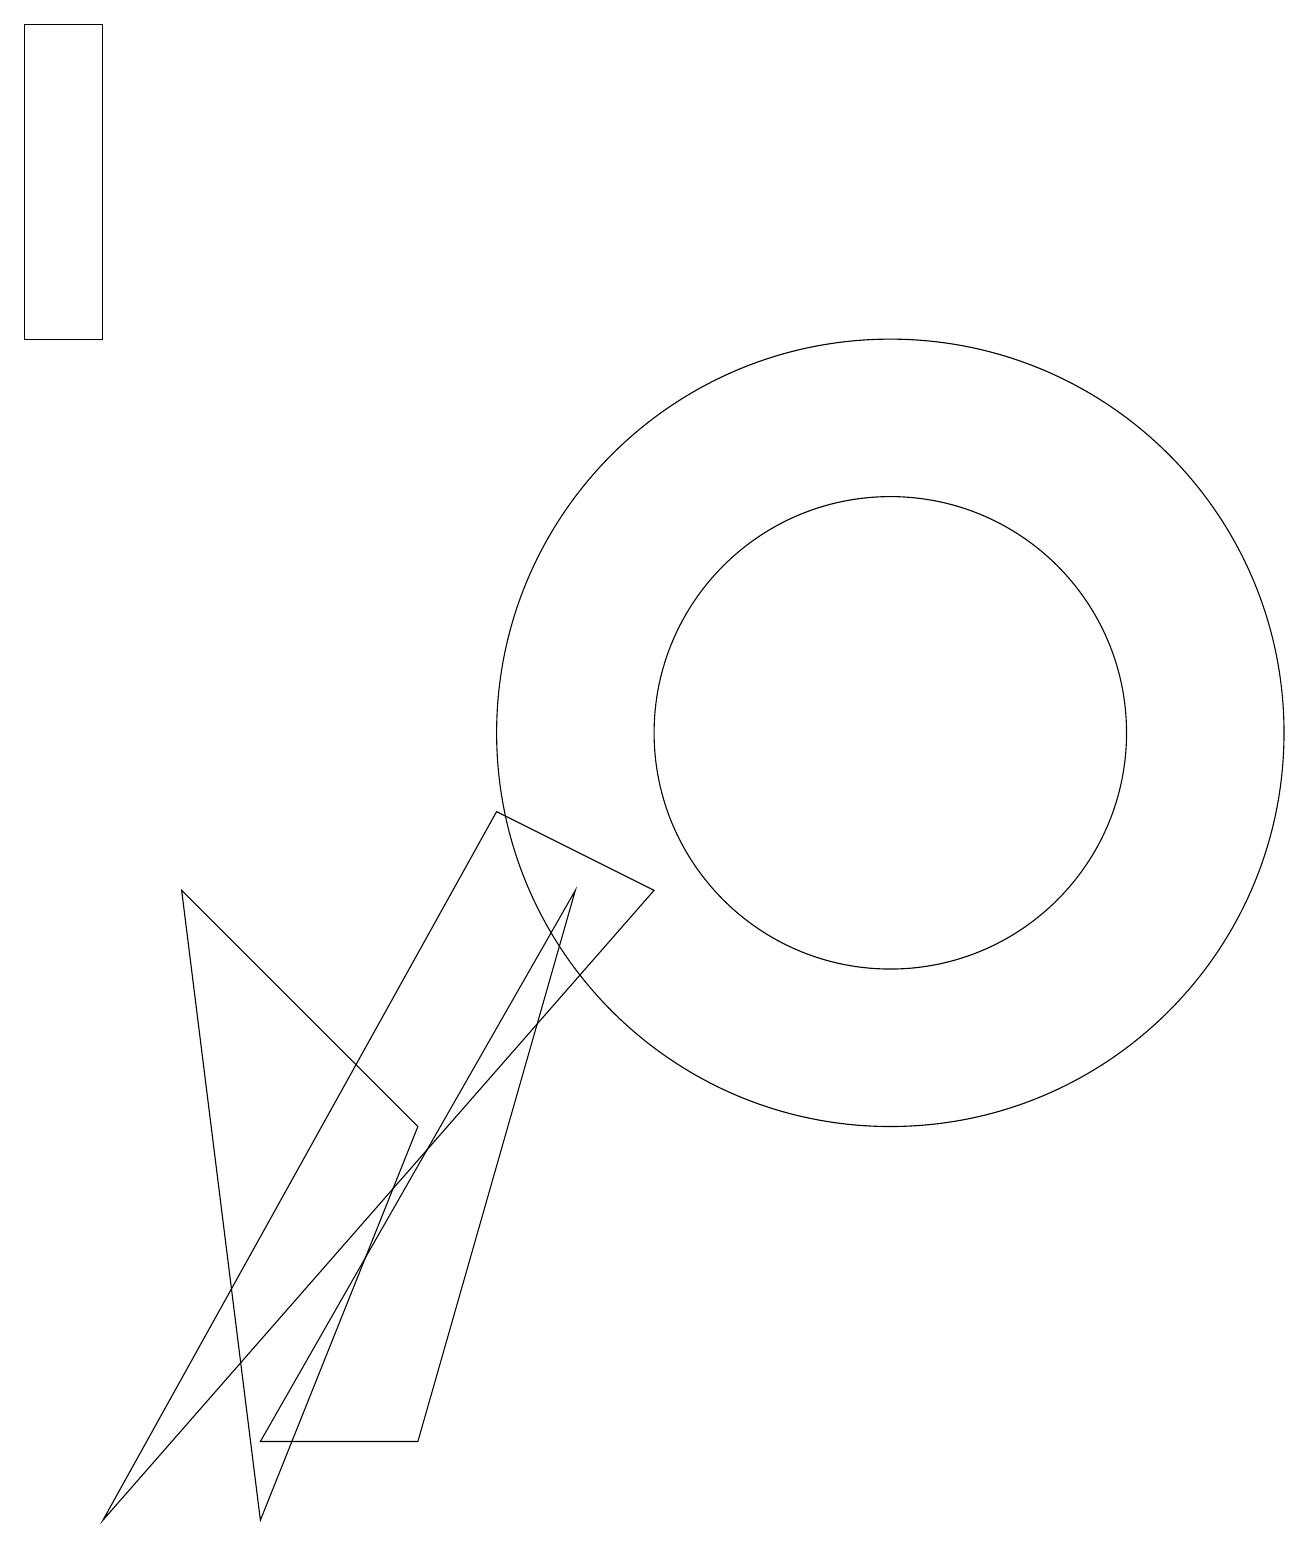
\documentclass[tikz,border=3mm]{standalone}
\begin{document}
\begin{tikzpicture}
\draw (11,10) circle (5);
\draw (6,9) -- (1,0) -- (8,8) -- cycle;
\draw (11,10) circle (3);
\draw (0,19) rectangle (1,15);
\draw (5,1) -- (7,8) -- (3,1) -- cycle;
\draw (3,0) -- (5,5) -- (2,8) -- cycle;
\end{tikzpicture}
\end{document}